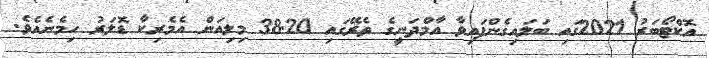
އޮކްޓޯބަރު 2021ގައި ބަލައިގެންފައިވާ އާމްދަނީގެ ތެރޭގައި 38.20 މިލިއަން އެމެރިކާ ޑޮލަރު ހިމެނެއެވެ.